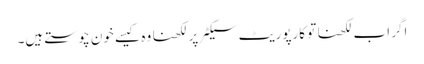
اگر اب لکھنا تو کارپوریٹ سیکٹر پر لکھنا وہ کیسے خون چوستے ہیں۔